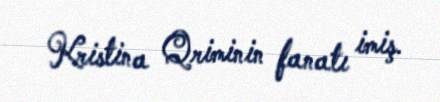
Kristina Qriminin fanatı imiş.